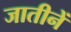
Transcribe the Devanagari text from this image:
जातीनें